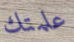
علمتك